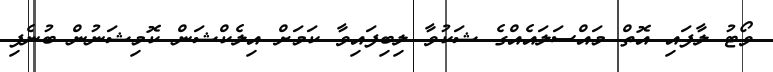
ވޯޓު ލާފައި އޮތް މައްސަލައެއްގެ ޝަކުވާ ލިބިފައިވާ ކަމަށް އިލެކްޝަން ކޮމިޝަނުން ބުނެފި